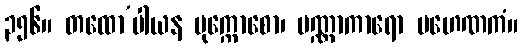
၃၅၆။ တထော’ပါယန မုက္ကောစော၊ ပဏ္ဏာကာရော ပဟေဏကံ။